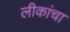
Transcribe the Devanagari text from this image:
लीकांचा